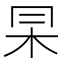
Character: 𠕖